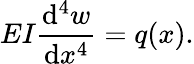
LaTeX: EI{\frac{\mathrm{d}^{4}w}{\mathrm{d}x^{4}}}=q(x).